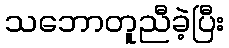
သဘောတူညီခဲ့ပြီး